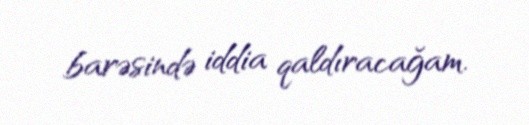
barəsində iddia qaldıracağam.